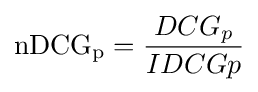
\mathrm {nDCG_{p}} ={\frac {DCG_{p}}{IDCG{p}}}